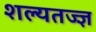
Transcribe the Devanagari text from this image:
शल्यतज्‍ज्ञ